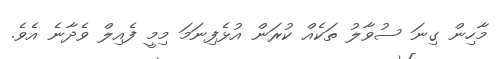
މާހިން ގިނަ ސުވާލު ތަކެއް ކުރަން އުޅެފިނަމަ މިމީ ފެއިލް ވެދާނެ އެވެ.